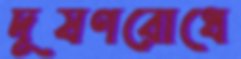
দূষণরোধে